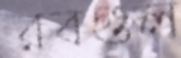
রবগুল